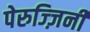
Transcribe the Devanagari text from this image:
पेरुज्ज़िनी